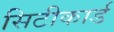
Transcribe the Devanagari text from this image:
सिटीकार्ड